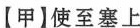
【甲】使至塞上